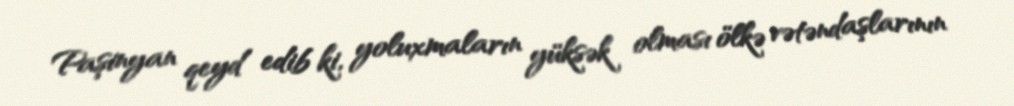
Paşinyan qeyd edib ki, yoluxmaların yüksək olması ölkə vətəndaşlarının